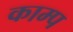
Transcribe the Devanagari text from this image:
काम्प